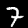
Digit: 7